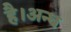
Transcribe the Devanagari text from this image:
है।अन्ध